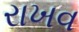
રાખવ